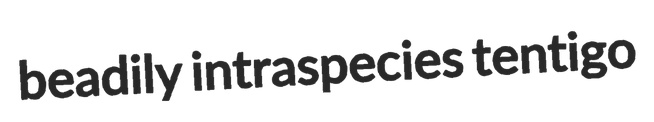
beadily intraspecies tentigo